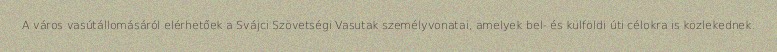
A város vasútállomásáról elérhetőek a Svájci Szövetségi Vasutak személyvonatai, amelyek bel- és külföldi úti célokra is közlekednek.